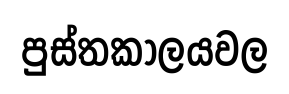
පුස්තකාලයවල